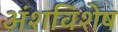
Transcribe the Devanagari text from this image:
अंशविशेष